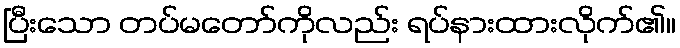
ပြီးသော တပ်မတော်ကိုလည်း ရပ်နားထားလိုက်၏။